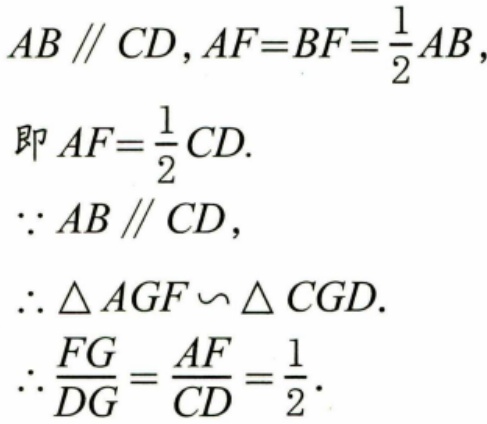
\(AB\parallel CD, AF = BF=\frac{1}{2}AB\)，
即\(AF=\frac{1}{2}CD\).
\(\because AB\parallel CD\)，
\(\therefore \triangle AGF\backsim\triangle CGD\).
\(\therefore \frac{FG}{DG}=\frac{AF}{CD}=\frac{1}{2}\).